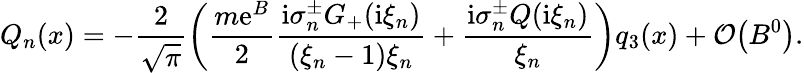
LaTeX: Q_{n}(x)=-\frac{2}{\sqrt{\pi}}\left(\frac{m\mathrm{e}^{B}}{2}\frac{\mathrm{i}\sigma_{n}^{\pm}G_{+}(\mathrm{i}\xi_{n})}{(\xi_{n}-1)\xi_{n}}+\frac{\mathrm{i}\sigma_{n}^{\pm}Q(\mathrm{i}\xi_{n})}{\xi_{n}}\right)q_{3}(x)+\mathcal{O}\bigl(B^{0}\bigr).